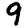
Digit: 9